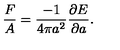
\frac { F } { A } = \frac { - 1 } { 4 \pi a ^ { 2 } } \frac { \partial E } { \partial a } .